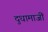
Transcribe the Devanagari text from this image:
दुधामाजीं